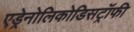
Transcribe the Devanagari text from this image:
एड्रेनोलिकोडिसट्रॉफी